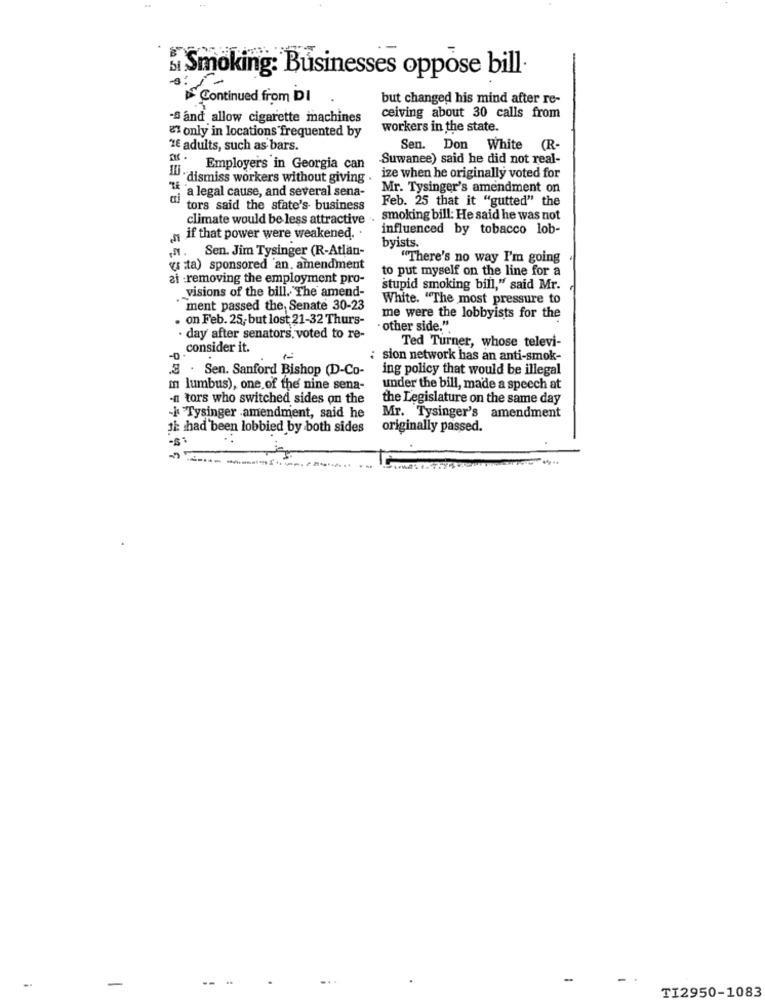
si Smoking: Businesses oppose bill
Continued from DI
but changed his mind after re-
-8 and allow cigarette machines
ceiving about 30 calls from
workers in the state.
&7 only in locations frequented by
1€ adults, such as bars.
Sen. Don
White (R-
-Suwanee) said he did not real-
Employers in Georgia can
"dismiss workers without giving .
ize when he originally voted for
Mr. Tysinger's amendment on
a legal cause, and several sena-
Feb. 25 that it "gutted" the
tors said the state's business
climate would be less attractive .
smoking bill: He said he was not
influenced by tobacco lob-
n if that power were weakened. .
byists.
". Sen. Jim Tysinger (R-Atlan-
"There's no way I'm going
grata) sponsored an. amendment
to put myself on the line for a
ai removing the employment pro-
visions of the bill. The amend-
stupid smoking bill," said Mr.
White. "The most pressure to
ment passed the, Senate 30-23
on Feb. 25, but lost 21-32 Thurs-
me were the lobbyists for the
- other side."
· day after senators, voted to re-
Ted Turner, whose televi-
consider it.
-0-
sion network has an anti-smok-
.8 . Sen. Sanford Bishop (D-Co-
ing policy that would be illegal
m lumbus), one of the' nine sena-
under the bill, made a speech at
-n tors who switched sides on the
the Legislature on the same day
-1 Tysinger amendment, said he
Mr. Tysinger's amendment
th had been lobbied by both sides
originally passed.
TI2950-1083